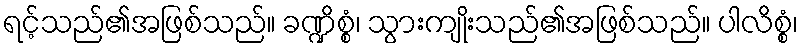
ရင့်သည်၏အဖြစ်သည်။ ခဏ္ဍိစ္စံ၊ သွားကျိုးသည်၏အဖြစ်သည်။ ပါလိစ္စံ၊